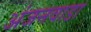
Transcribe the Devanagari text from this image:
अंजनवाडा